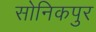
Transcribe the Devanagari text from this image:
सोनिकपुर